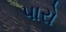
પારો